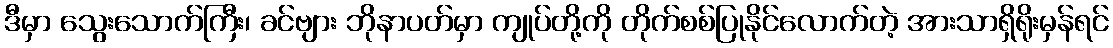
ဒီမှာ သွေးသောက်ကြီး၊ ခင်ဗျား ဘိုနာပတ်မှာ ကျုပ်တို့ကို တိုက်စစ်ပြုနိုင်လောက်တဲ့ အားသာရှိရိုးမှန်ရင်